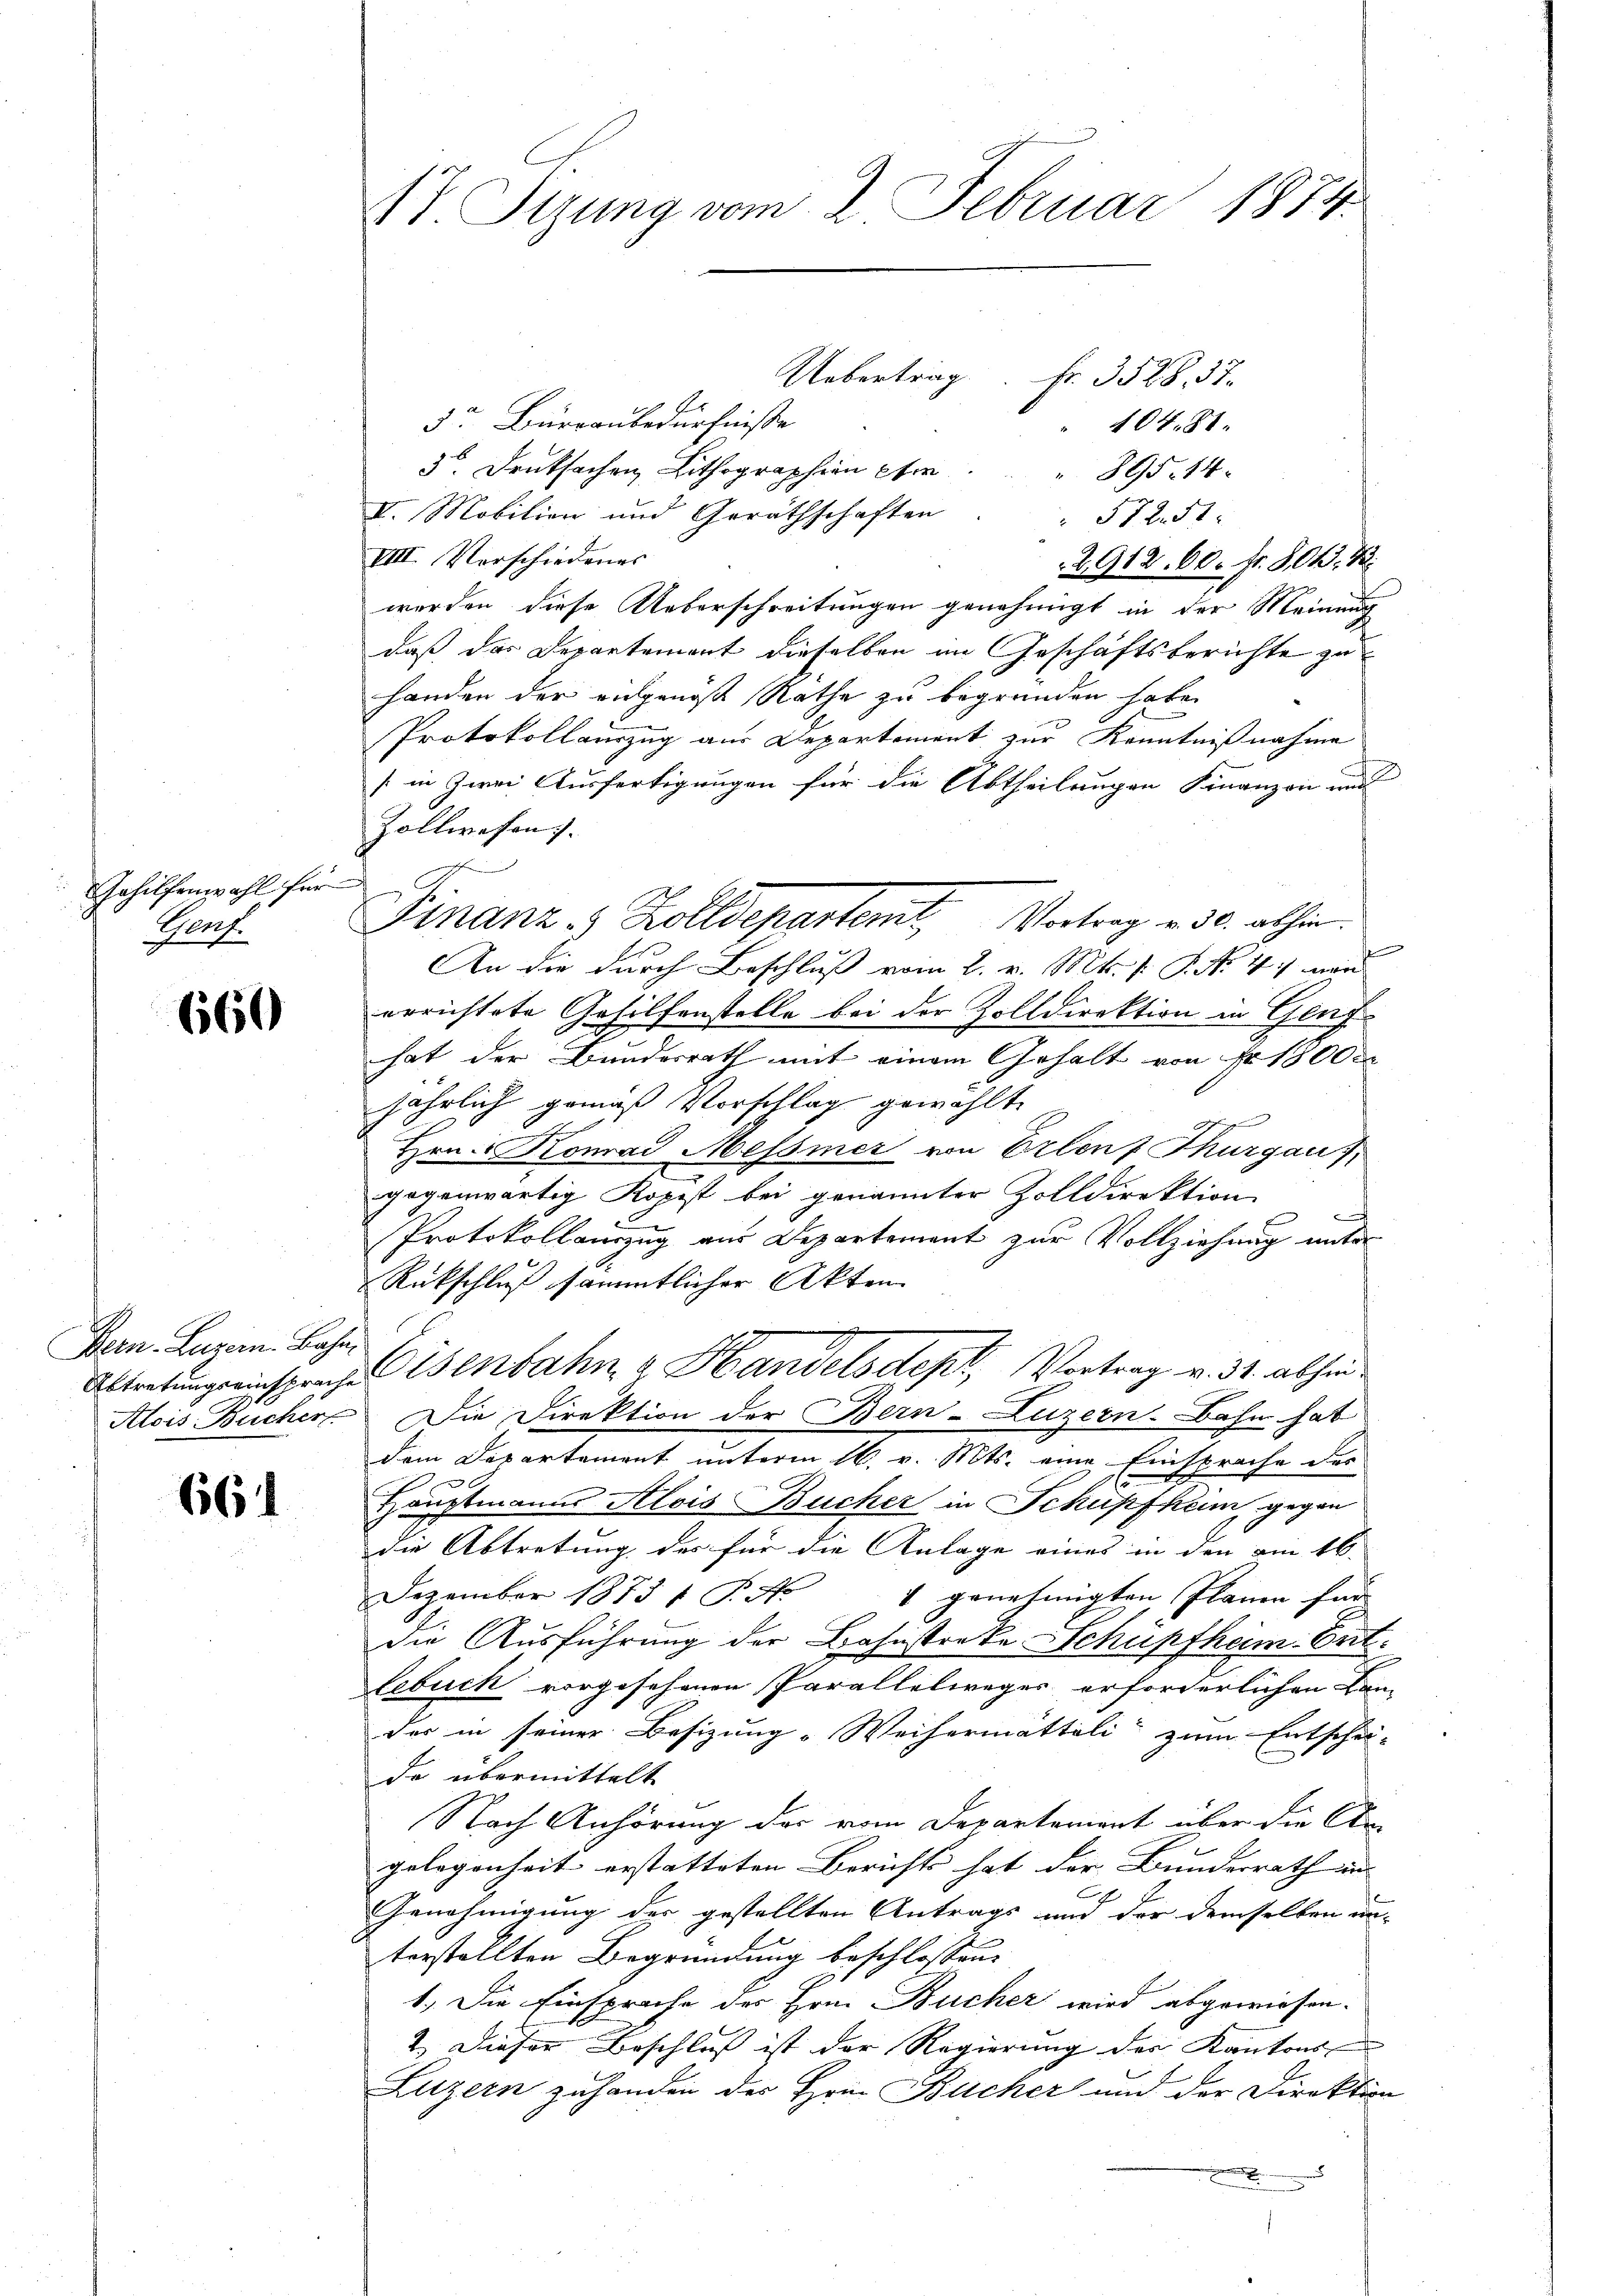
Gehilfenwahl für
Porf.

660

Bern. Luzern. Bahn

661

Uebertrag Fr. 3528, 37
5r Büreaubedürfnisse
104. 81.
3 Drucksachen Lithographien per
895. 14.
V. Mobilien und Geräthschaften
572. 51.
VIII. Verschiedenes
2912, 60. Fr. 808. B.
werden diese Ueberschreitungen genehmigt in der Meinung
daß das Departement dieselben im Geschäftsberichte zu
handen der angenoß Rathe zu begründen habe.
Protokollauszug aus Departement zur Kenntnißnahme
/ in Zwei Ausfertigungen für die Abtheilungen Finanzen und
Zollwesen.
An die durch Beschluß vom 2. v. Mts. f. P. No 4: wan
errichtete Gehilfenstelle bei der Zolldirektion in Genf
hat der Bundesrath mit einem Gehalt von fr. 13000
jährlich gemäß Vorschlag gewählte
Hrn. Komad Messner von Erlens Thurgau),
gegenwärtig Kopist bei genannter Zolldirektion
Protokollauszug aus Departement zur Vollziehung unter
Rückschluß sämmtlicher Akten
Abtretungseinsprache Tenbahn & Handelsdept, Vortrag v. 31. abhin
Alois Bucher. Die Direktion der Bern-Luzern. Bahn hat
dem Departement unterm 16. v. Mts. eine Einsprache des
Hauptmanns Alois Bucher in Schüpfheim gegen
die Abtretung des für die Anlage eines in den am 16.
4 genehmigten Planen für
Dezember 1875 7 P. Nr.
die Ausführung der Bahnstreke Schüpfheim. Entlebuch vorgesehenen Parallelweger erforderlichen Can-
des in seiner Besizung Weihermatteli zum Entschei- |
da übermittelt
Nach Anhörung des vom Departerient über die Ar-
gelegenheit erstatteten Berichts hat der Bundesrath in |
f
Genehmigung der gestellten Antrags und der demselben un-
terstellten Begründung beschlossen,
1. Die Einsprache der Hrn. Bücher wird abgewiesen.
2.) Dieser Beschluß ist der Regierung der Kantons-
Luzern zuhanden des Herr Bücher und der Direktion

VV. Sizung vom 2. Februar 1874.

Finanze Zolldepartemt, Vortrag u. 30. abhin